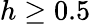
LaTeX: h\geq 0.5